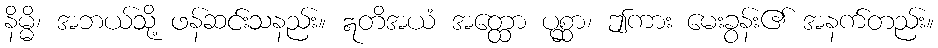
နိမ္မိ၊ အဘယ်သို့ ဖန်ဆင်းသနည်း။ ဣတိအယံ အတ္ထော ပုစ္ဆာ၊ ဤကား မေးခွန်း၏ အနက်တည်း။